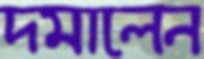
দমালেন